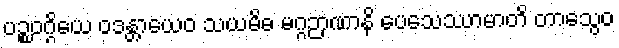
ပဉ္စဝဂ္ဂိယေ ဝဒန္တာယေဝ သယမိဓ မဂ္ဂဉာဏာနိ ပေသေဿာမာတိ တာသွေဝ